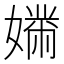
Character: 𫱱